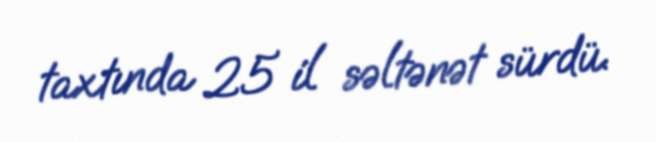
taxtında 25 il səltənət sürdü.